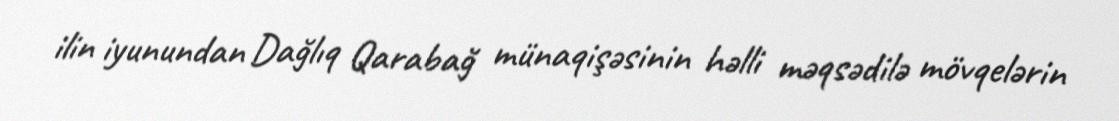
ilin iyunundan Dağlıq Qarabağ münaqişəsinin həlli məqsədilə mövqelərin